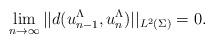
LaTeX: \begin{align*} \lim_{n \rightarrow \infty} ||d(u_{n-1}^{\Lambda},u_{n}^{\Lambda})||_{L^2(\Sigma)}= 0.\end{align*}